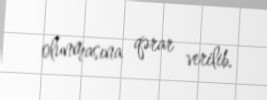
olunmasına qərar verilib.